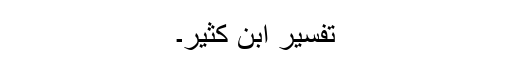
تفسیر ابنِ کثیر۔